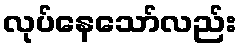
လုပ်နေသော်လည်း